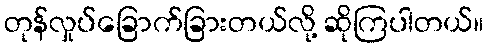
တုန်လှုပ်ခြောက်ခြားတယ်လို့ ဆိုကြပါတယ်။